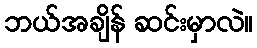
ဘယ်အချိန် ဆင်းမှာလဲ။